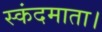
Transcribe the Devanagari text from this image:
स्कंदमाता।